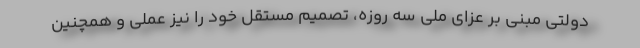
دولتی مبنی بر عزای ملی سه روزه، تصمیم مستقل خود را نیز عملی و همچنین